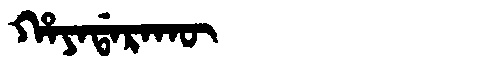
Manchu: ᡥᠠᠶᠠᡩᠠᡵᠠᡴᡡ
Romanization: HAYADARAKŪ